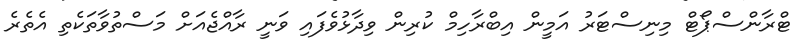
ޓްރާންސްޕޯޓް މިނިސްޓަރު އަމީން އިބްރާހިމް ކުރިން ވިދާޅުވެފައި ވަނީ ރާއްޖެއަށް މަސްތުވާތަކެތި އެތެރެ